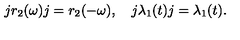
j r _ { 2 } ( \omega ) j = r _ { 2 } ( - \omega ) , \quad j \lambda _ { 1 } ( t ) j = \lambda _ { 1 } ( t ) .